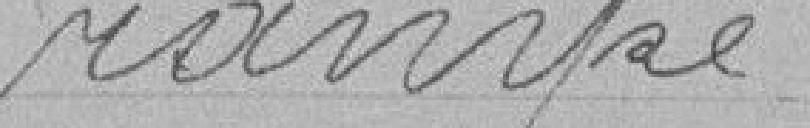
rampe .